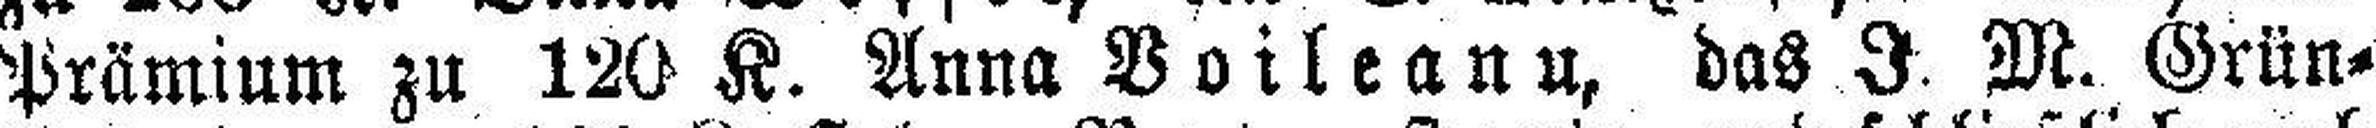
Prämium zu 120 K. Anna Voileanu, das I. M. Grün=